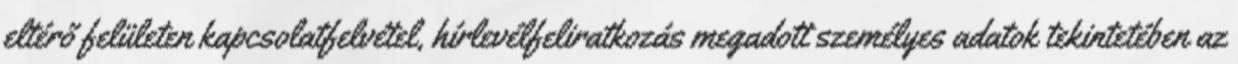
eltérő felületen kapcsolatfelvétel, hírlevélfeliratkozás megadott személyes adatok tekintetében az